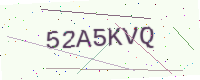
Text: 52A5KVQ